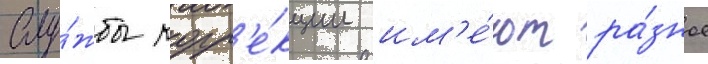
Слу́жбы корр'е́кции им'е́ют ра́зное